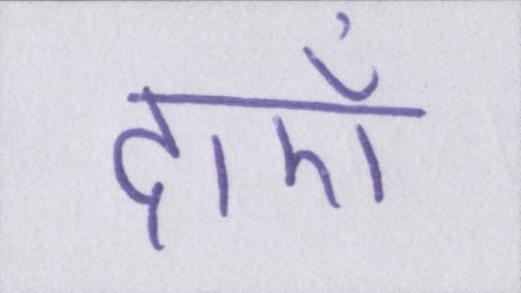
दाएँ